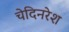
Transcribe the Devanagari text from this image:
चेदिनरेश